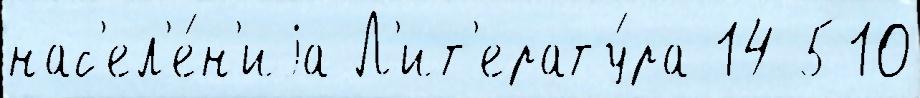
нас'ел'е́н'иjа Л'ит'ерату́ра 14 510